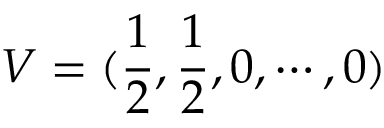
V = ( \frac { 1 } { 2 } , \frac { 1 } { 2 } , 0 , \cdots , 0 ) \nonumber